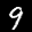
Label: 9